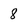
Character: 8